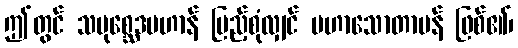
ဤတွင် သမုစ္ဆေဒပဟာန် ပြည့်စုံလျှင် မဟာသောတာပန် ဖြစ်၏၊